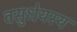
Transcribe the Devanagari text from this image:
वसुधेयस्य